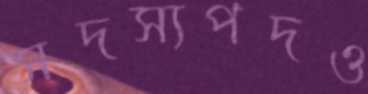
সদস্যপদও